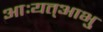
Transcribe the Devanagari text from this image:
आःयत्आभु